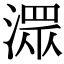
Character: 潀